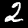
Digit: 2